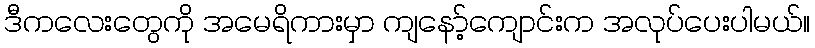
ဒီကလေးတွေကို အမေရိကားမှာ ကျနော့်ကျောင်းက အလုပ်ပေးပါမယ်။